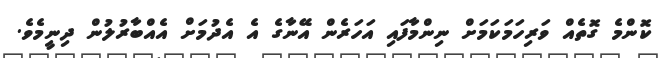
ކޮންމެ ގޮތެއް ވަރިހަމަކަމަށް ނިންމާފައި އަހަރެން އޭނާގެ އެ އެދުމަށް އެއްބާރުލުން ދިނީމެވެ.